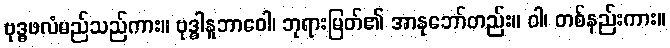
ဗုဒ္ဓဖလံမည်သည်ကား။ ဗုဒ္ဓါနူဘာဝေါ၊ ဘုရားမြတ်၏ အာနုဘော်တည်း။ ဝါ၊ တစ်နည်းကား။